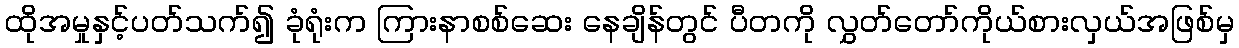
ထိုအမှုနှင့်ပတ်သက်၍ ခုံရုံးက ကြားနာစစ်ဆေး နေချိန်တွင် ပီတကို လွှတ်တော်ကိုယ်စားလှယ်အဖြစ်မှ